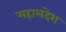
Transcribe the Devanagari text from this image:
महालदेश